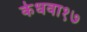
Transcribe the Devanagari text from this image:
केधवा१७